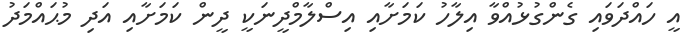
އީ ހައްދަވައި ގެންގުޅުއްވާ އިލާހު ކަމަށާއި އިސްލާމްދީނަކީ ދީން ކަމަށާއި އަދި މުޙައްމަދު